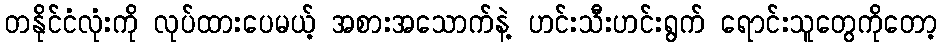
တနိုင်ငံလုံးကို လုပ်ထားပေမယ့် အစားအသောက်နဲ့ ဟင်းသီးဟင်းရွက် ရောင်းသူတွေကိုတော့